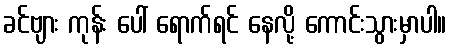
ခင်ဗျား ကုန်း ပေါ် ရောက်ရင် နေလို့ ကောင်းသွားမှာပါ။